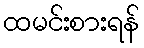
ထမင်းစားရန်